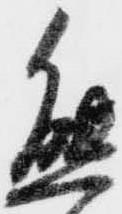
熊